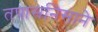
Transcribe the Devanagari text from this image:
तपासनिसाने